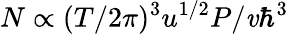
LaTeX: N\propto(T/2\pi)^{3}u^{1/2}P/\mathit{v}\hbar^{3}